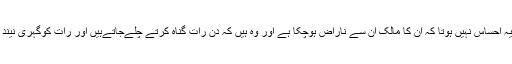
جب کہ اس جہاںمیں کئی ایسے بدنصیب سیاہ کار بھی ہیں جن کوزندگی بھر یہ احساس نہیں ہوتا کہ ان کا مالک ان سے ناراض ہوچکا ہے اور وہ ہیں کہ دن رات گناہ کرتے چلےجاتےہیں اور رات کوگہری نیند سوتے ہیں یا مزید گناہوں پر مبنی اعمال میں مصروف رہ کر گزار دیتے ہیں۔